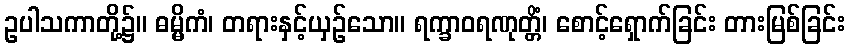
ဥပါသကာတို့၌။ ဓမ္မိကံ၊ တရားနှင့်ယှဉ်သော။ ရက္ခာဝရဏုတ္တိံ၊ စောင့်ရှောက်ခြင်း တားမြစ်ခြင်း